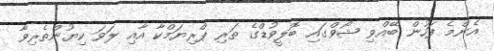
އެންމެ ފަހުން ބޭއްވި ޝޯވްގައި ބޮލީވުޑްގެ ތަރި ޕްރިޔަމްކާ އާއި ލަވަ ކިޔުންތެރިވާ